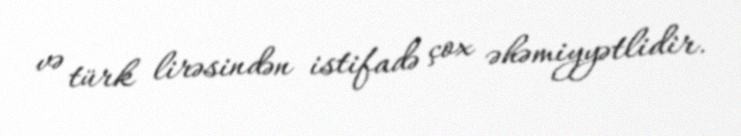
və türk lirəsindən istifadə çox əhəmiyyətlidir.